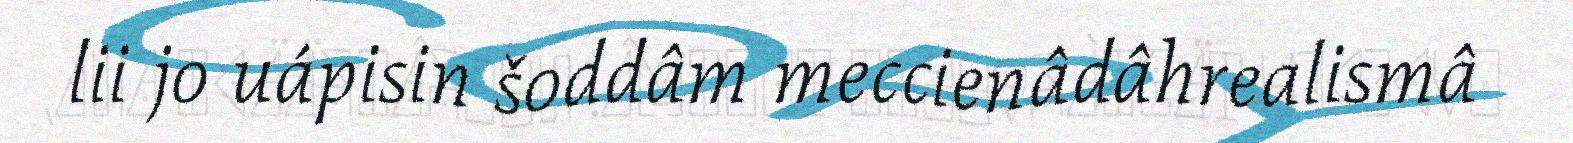
lii jo uápisin šoddâm meccienâdâhrealismâ